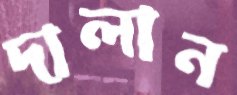
দালান